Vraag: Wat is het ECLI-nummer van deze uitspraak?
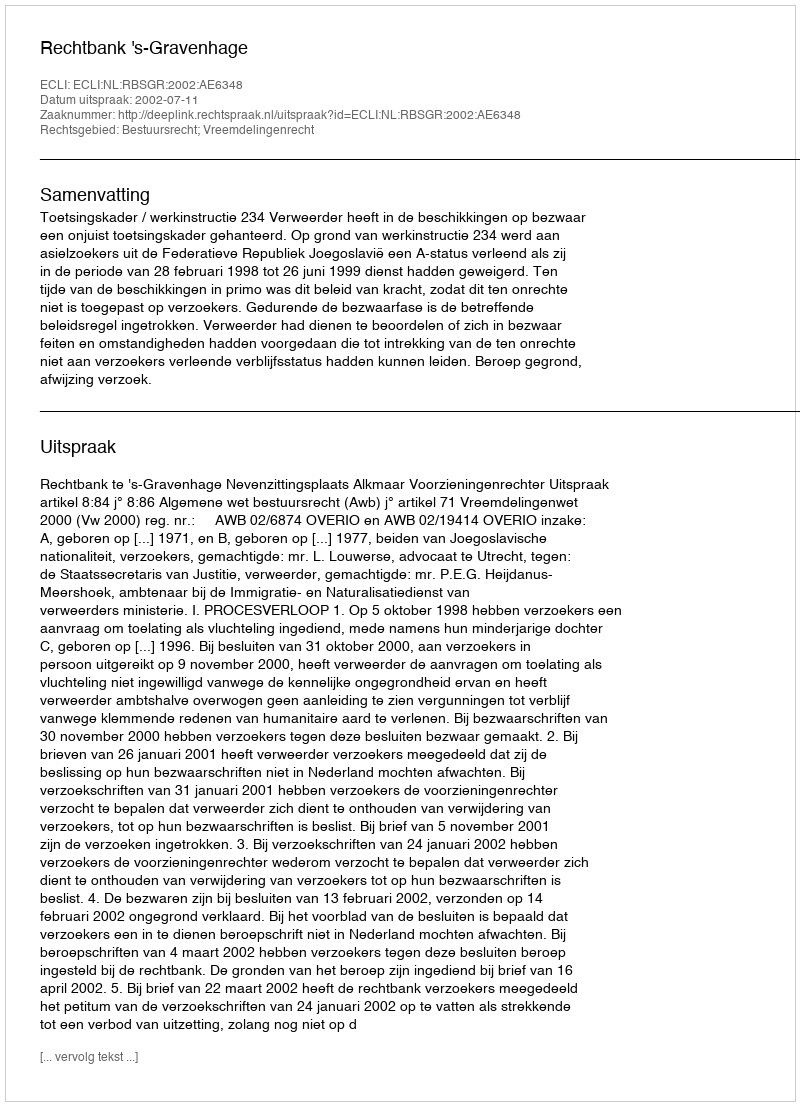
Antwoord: ECLI:NL:RBSGR:2002:AE6348